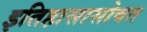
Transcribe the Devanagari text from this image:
इतिहासासोबत